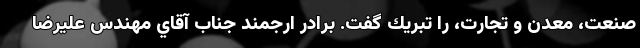
صنعت، معدن و تجارت، را تبريك گفت. برادر ارجمند جناب آقاي مهندس عليرضا